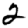
Digit: 2